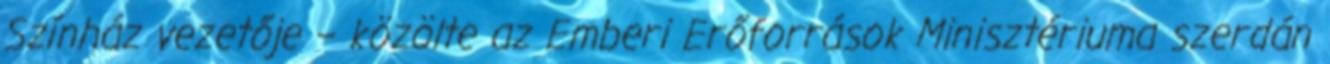
Színház vezetője – közölte az Emberi Erőforrások Minisztériuma szerdán